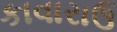
કાવારાઉ